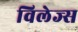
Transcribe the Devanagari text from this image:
विलेज्स